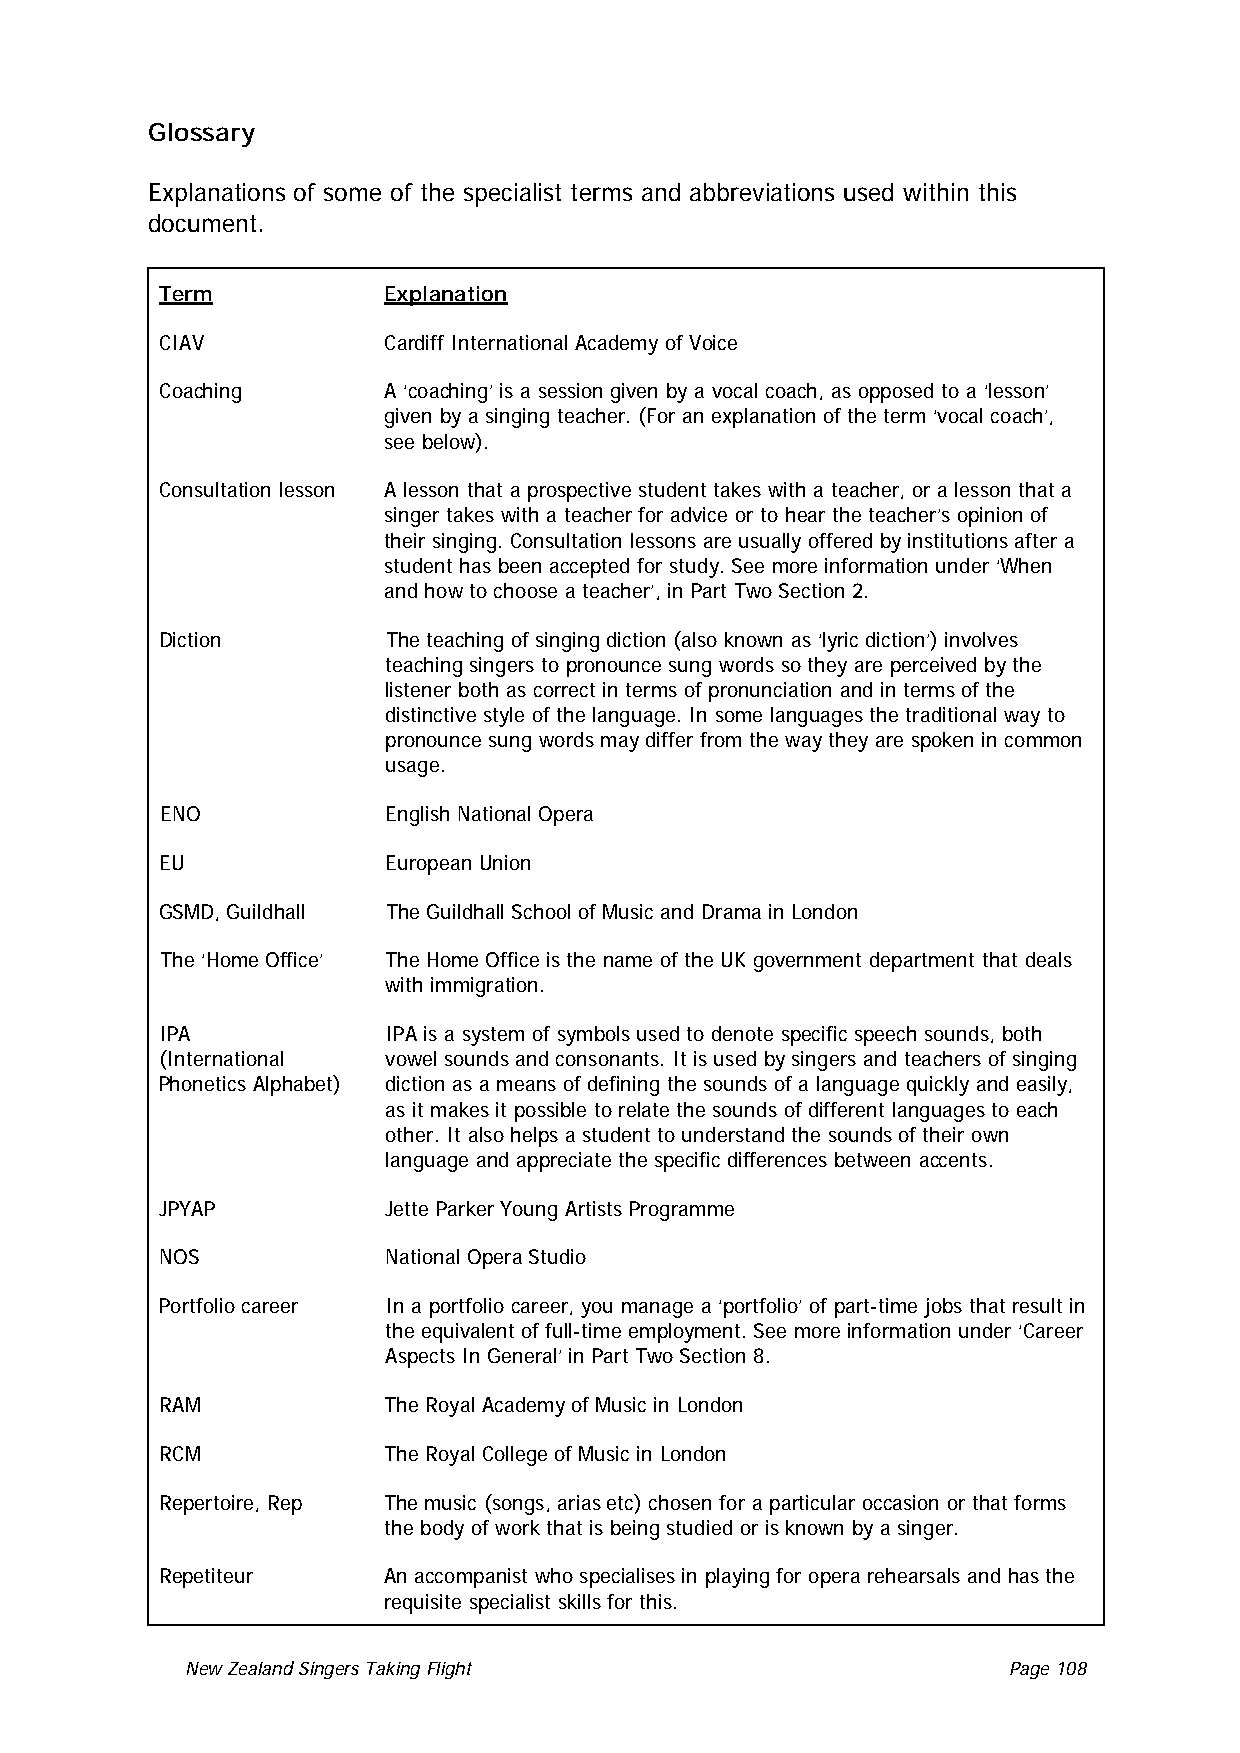
Glossary
 Explanations of some of the specialist terms and abbreviations used within this
 document.
 Term Explanation
 CIAV Cardiff International Academy of Voice
 Coaching A ‘coaching’ is a session given by a vocal coach, as opposed to a ‘lesson’
 given by a singing teacher. (For an explanation of the term ‘vocal coach’,
 see below).
 Consultation lesson A lesson that a prospective student takes with a teacher, or a lesson that a
 singer takes with a teacher for advice or to hear the teacher’s opinion of
 their singing. Consultation lessons are usually offered by institutions after a
 student has been accepted for study. See more information under ‘When
 and how to choose a teacher’, in Part Two Section 2.
 Diction The teaching of singing diction (also known as ‘lyric diction’) involves
 teaching singers to pronounce sung words so they are perceived by the
 listener both as correct in terms of pronunciation and in terms of the
 distinctive style of the language. In some languages the traditional way to
 pronounce sung words may differ from the way they are spoken in common
 usage.
 ENO English National Opera
 EU European Union
 GSMD, Guildhall The Guildhall School of Music and Drama in London
 The ‘Home Office’ The Home Office is the name of the UK government department that deals
 with immigration.
 IPA            IPA is a system of symbols used to denote specific speech sounds, both
 (International vowel sounds and consonants. It is used by singers and teachers of singing
 Phonetics Alphabet) diction as a means of defining the sounds of a language quickly and easily,
 as it makes it possible to relate the sounds of different languages to each
 other. It also helps a student to understand the sounds of their own
 language and appreciate the specific differences between accents.
 JPYAP Jette Parker Young Artists Programme
 NOS National Opera Studio
 Portfolio career In a portfolio career, you manage a ‘portfolio’ of part-time jobs that result in
 the equivalent of full-time employment. See more information under ‘Career
 Aspects In General’ in Part Two Section 8.
 RAM The Royal Academy of Music in London
 RCM The Royal College of Music in London
 Repertoire, Rep The music (songs, arias etc) chosen for a particular occasion or that forms
 the body of work that is being studied or is known by a singer.
 Repetiteur An accompanist who specialises in playing for opera rehearsals and has the
 requisite specialist skills for this.
 New Zealand Singers Taking Flight Page 108